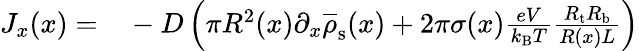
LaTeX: \begin{array}{rl}{J_{x}(x)=}&{{}-D\left(\pi R^{2}(x)\partial_{x}\overline{{\rho}}_{\mathrm{s}}(x)+2\pi\sigma(x)\frac{eV}{k_{\mathrm{B}}T}\frac{R_{\mathrm{t}}R_{\mathrm{b}}}{R(x)L}\right)}\end{array}